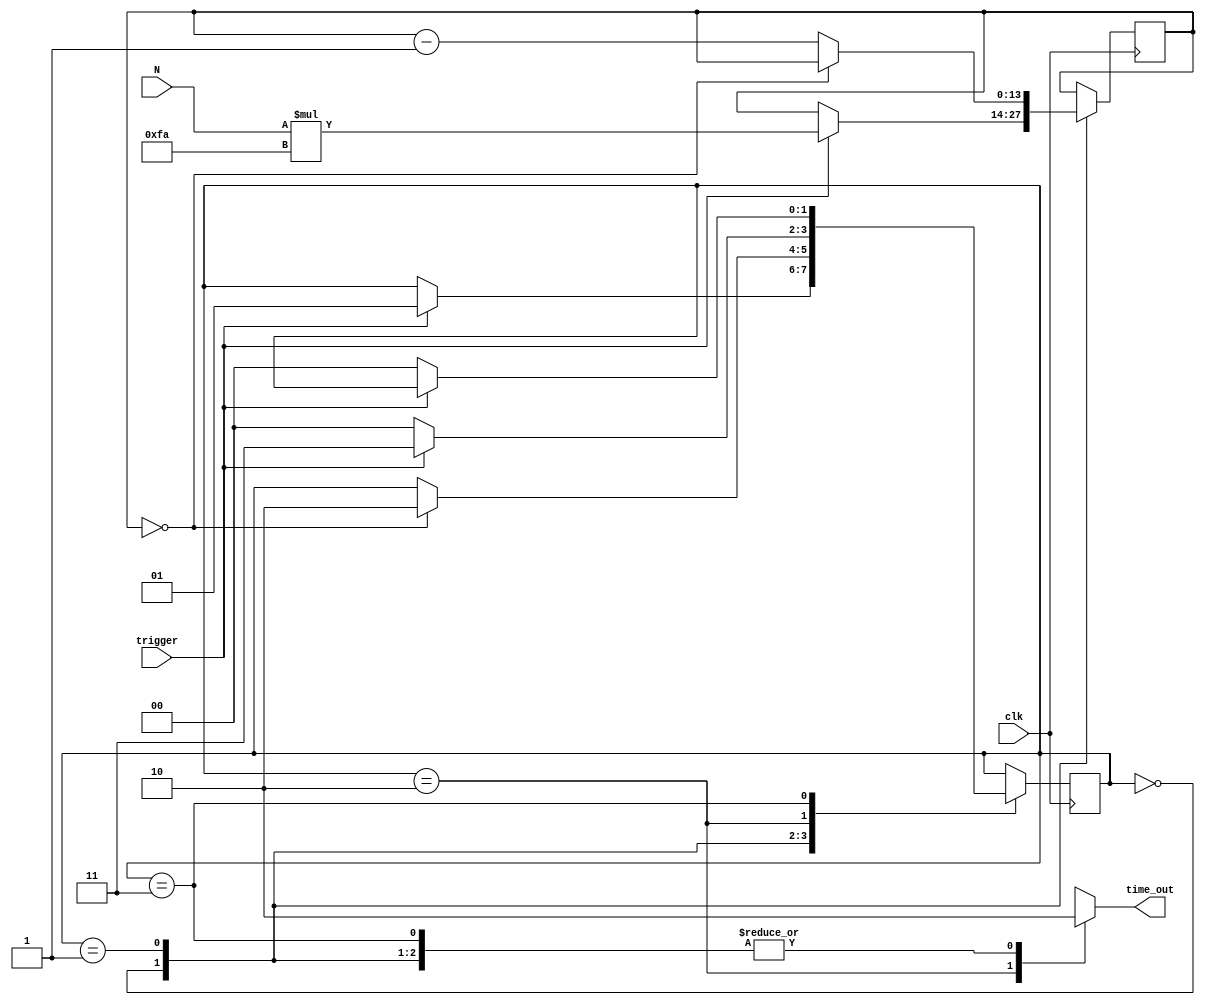
module delay(clk, N, trigger, time_out);

	parameter BIT_SZ = 14;

	input clk, trigger;
	input [5:0] N;
	output time_out;

	reg[BIT_SZ-1:0] count;
	reg time_out;

	reg [1:0] state;

	parameter IDLE = 2'b0, COUNTING = 2'b1, TIME_OUT = 2'b10, WAIT_LOW = 2'b11;

	initial begin
		state = IDLE;
	end
	
	always @ (posedge clk)
		case(state)
			IDLE: if(trigger == 1'b1)
				begin
					count <= N*250;
					state <= COUNTING;
				end
			COUNTING: 
				begin
					if(count == 1'b0)
						begin
							state <= TIME_OUT;
						end
					else 
						count <= count - 1'b1;
				end
			TIME_OUT: 
				begin
					if(trigger == 1'b0)
						state <= IDLE;
					else
						state <= WAIT_LOW;
				end
			WAIT_LOW: 
				if(trigger == 1'b0)
					state <= IDLE;
			default: ;
		endcase
		
	always @ (*)
		case(state)
			IDLE:
					time_out = 1'b0;
			COUNTING: 
					time_out = 1'b0;
			TIME_OUT: time_out = 1'b1;
			WAIT_LOW: time_out = 1'b0;
			default: ;
		endcase

endmodule